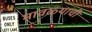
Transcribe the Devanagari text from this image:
मावळ्याची